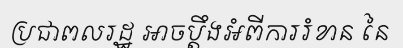
ប្រជាពលរដ្ឋ អាចប្តឹងអំពីការរំខាន នៃ